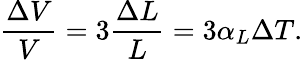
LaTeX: {\frac{\Delta V}{V}}=3{\frac{\Delta L}{L}}=3\alpha_{L}\Delta T.